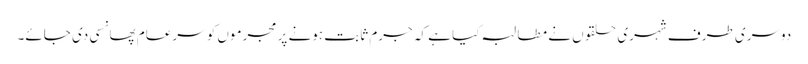
دوسری طرف شہری حلقوں نے مطالبہ کیا ہے کہ جرم ثابت ہونے پر مجرموں کو سرعام پھانسی دی جائے۔